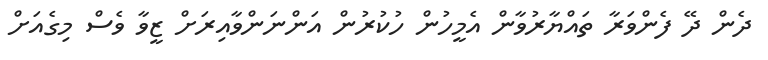
ދެން ދޭ ފެންވަރާ ތައްޔާރުވާން އެމީހުން ހުކުރުން އަންނަންވާއިރަށް ޒީވާ ވެސް މިގެއަށް